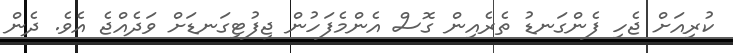
ކުރިއަށް ޖެހި ފެންގަނޑު ތެރެއިން ގޮސް އެންމެފަހުން ޖިފުޓިގަނޑަށް ވަދެއްޖެ އެވެ. ދެން